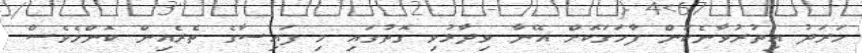
ހަރަދު އިތުރުވާނެކަން ފާހަގަކޮށް އޭނާ ވިދާޅުވި ގޮތުގައި މި ފައިސާގެ ތެރެއިން ކޮންމެވެސް